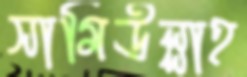
সামিউল্লাহ